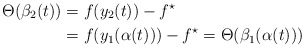
\begin{align*} \Theta( \beta_2(t) ) &= f(y_2(t)) - f^\star \\ &= f(y_1(\alpha(t))) - f^\star = \Theta( \beta_1(\alpha(t)) ) \end{align*}